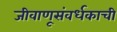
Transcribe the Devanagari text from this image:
जीवाणूसंवर्धकाची